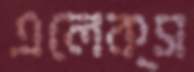
এলেক্স